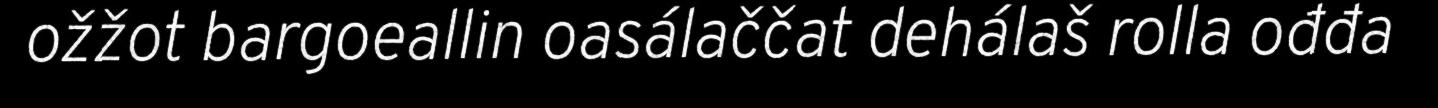
ožžot bargoeallin oasálaččat dehálaš rolla ođđa